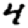
Digit: 4